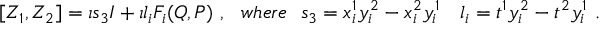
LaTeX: [ Z _ { 1 } , Z _ { 2 } ] = \imath s _ { 3 } I + \imath l _ { i } F _ { i } ( Q , P ) \ , \ \ w h e r e \ \ s _ { 3 } = x _ { i } ^ { 1 } y _ { i } ^ { 2 } - x _ { i } ^ { 2 } y _ { i } ^ { 1 } \quad l _ { i } = t ^ { 1 } y _ { i } ^ { 2 } - t ^ { 2 } y _ { i } ^ { 1 } \ .